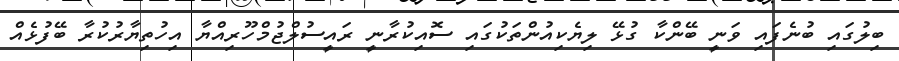
ބިލުގައި ބުނެފައި ވަނީ ބޭންކާ ގުޅޭ ލިޔެކިއުންތަކުގައި ސޮއިކުރާނީ ރައީސުލްޖުމްހޫރިއްޔާ އިހުތިޔާރުކުރާ ބޭފުޅެއް